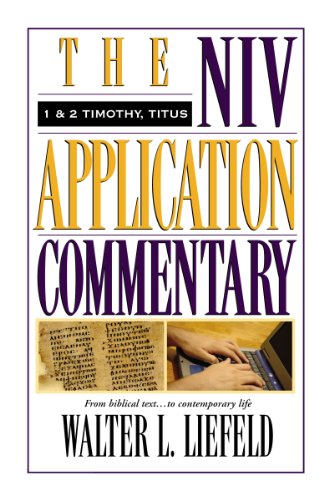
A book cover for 1 & 2 Timothy, Titus; Walter L. Liefeld; Religion & Spirituality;